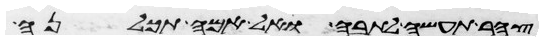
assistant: צהר תעשה לתבה ועל אמה תכלנה